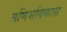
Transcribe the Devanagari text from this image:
मणिभविकास